Rangoon Lunatic Asylum 1878-1892 - 1878-1892
Year: 1878
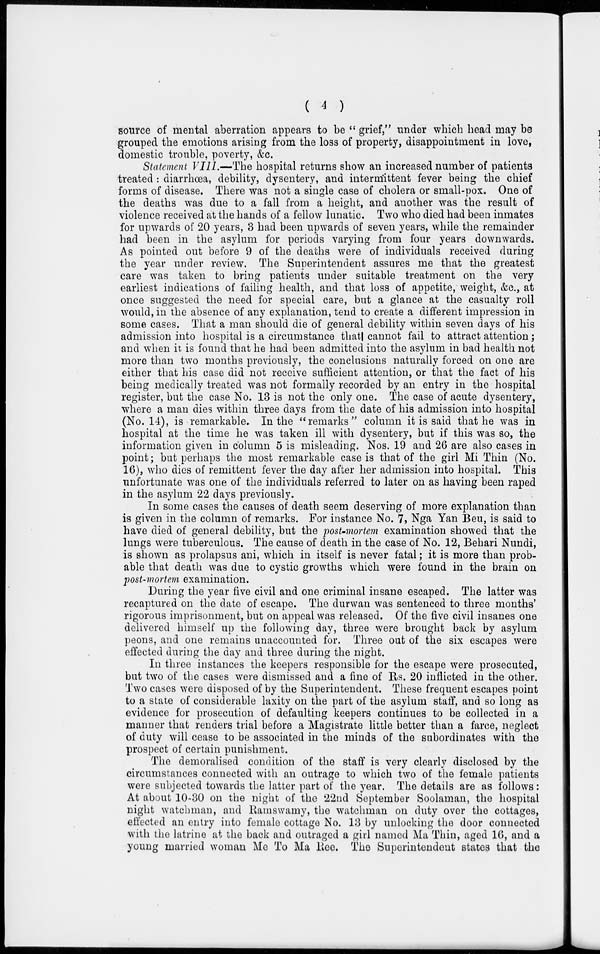
( 4 )
source of mental aberration appears to be " grief," under which head may be
grouped the emotions arising from the loss of property, disappointment in love,
domestic trouble, poverty, &c.
Statement VIII.—The hospital returns show an increased number of patients
treated : diarrhœa, debility, dysentery, and intermittent fever being the chief
forms of disease. There was not a single case of cholera or small-pox. One of
the deaths was due to a fall from a height, and another was the result of
violence received at the hands of a fellow lunatic. Two who died had been inmates
for upwards of 20 years, 3 had been upwards of seven years, while the remainder
had been in the asylum for periods varying from four years downwards.
As pointed out before 9 of the deaths were of individuals received during
the year under review. The Superintendent assures me that the greatest
care was taken to bring patients under suitable treatment on the very
earliest indications of failing health, and that loss of appetite, weight, &c., at
once suggested the need for special care, but a glance at the casualty roll
would, in the absence of any explanation, tend to create a different impression in
some cases. That a man should die of general debility within seven days of his
admission into hospital is a circumstance that cannot fail to attract attention;
and when it is found that he had been admitted into the asylum in bad health not
more than two months previously, the conclusions naturally forced on one are
either that his case did not receive sufficient attention, or that the fact of his
being medically treated was not formally recorded by an entry in the hospital
register, but the case No. 13 is not the only one. The case of acute dysentery,
where a man dies within three days from the date of his admission into hospital
(No. 14), is remarkable. In the "remarks" column it is said that he was in
hospital at the time he was taken ill with dysentery, but if this was so, the
information given in column 5 is misleading. Nos. 19 and 26 are also cases in
point; but perhaps the most remarkable case is that of the girl Mi Thin (No.
16), who dies of remittent fever the day after her admission into hospital. This
unfortunate was one of the individuals referred to later on as having been raped
in the asylum 22 days previously.
In some cases the causes of death seem deserving of more explanation than
is given in the column of remarks. For instance No. 7, Nga Yan Beu, is said to
have died of general debility, but the post-mortem examination showed that the
lungs were tuberculous. The cause of death in the case of No. 12, Behari Nundi,
is shown as prolapsus ani, which in itself is never fatal; it is more than prob-
able that death was due to cystic growths which were found in the brain on
post-mortem examination.
During the year five civil and one criminal insane escaped. The latter was
recaptured on the date of escape. The durwan was sentenced to three months'
rigorous imprisonment, but on appeal was released. Of the five civil insanes one
delivered himself up the following day, three were brought back by asylum
peons, and one remains unaccounted for. Three out of the six escapes were
effected during the day and three during the night.
In three instances the keepers responsible for the escape were prosecuted,
but two of the cases were dismissed and a fine of Rs. 20 inflicted in the other.
Two cases were disposed of by the Superintendent. These frequent escapes point
to a state of considerable laxity on the part of the asylum staff, and so long as
evidence for prosecution of defaulting keepers continues to be collected in a
manner that renders trial before a Magistrate little better than a farce, neglect
of duty will cease to be associated in the minds of the subordinates with the
prospect of certain punishment.
The demoralised condition of the staff is very clearly disclosed by the
circumstances connected with an outrage to which two of the female patients
were subjected towards the latter part of the year. The details are as follows:
At about 10-30 on the night of the 22nd September Soolaman, the hospital
night watchman, and Ramswamy, the watchman on duty over the cottages,
effected an entry into female cottage No. 13 by unlocking the door connected
with the latrine at the back and outraged a girl named Ma Thin, aged 16, and a
young married woman Me To Ma Ree. The Superintendent states that the